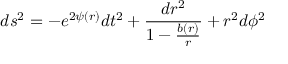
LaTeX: d s ^ { 2 } = - e ^ { 2 \psi ( r ) } d t ^ { 2 } + \frac { d r ^ { 2 } } { 1 - \frac { b ( r ) } { r } } + r ^ { 2 } d \phi ^ { 2 }